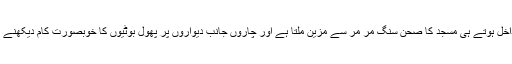
مسجد میں داخل ہوتے ہی مسجد کا صحن سنگ مر مر سے مزین ملتا ہے اور چاروں جانب دیواروں پر پھول بوٹیوں کا خوبصورت کام دیکھنے کو ملتا ہے۔